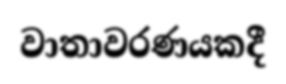
වාතාවරණයකදී